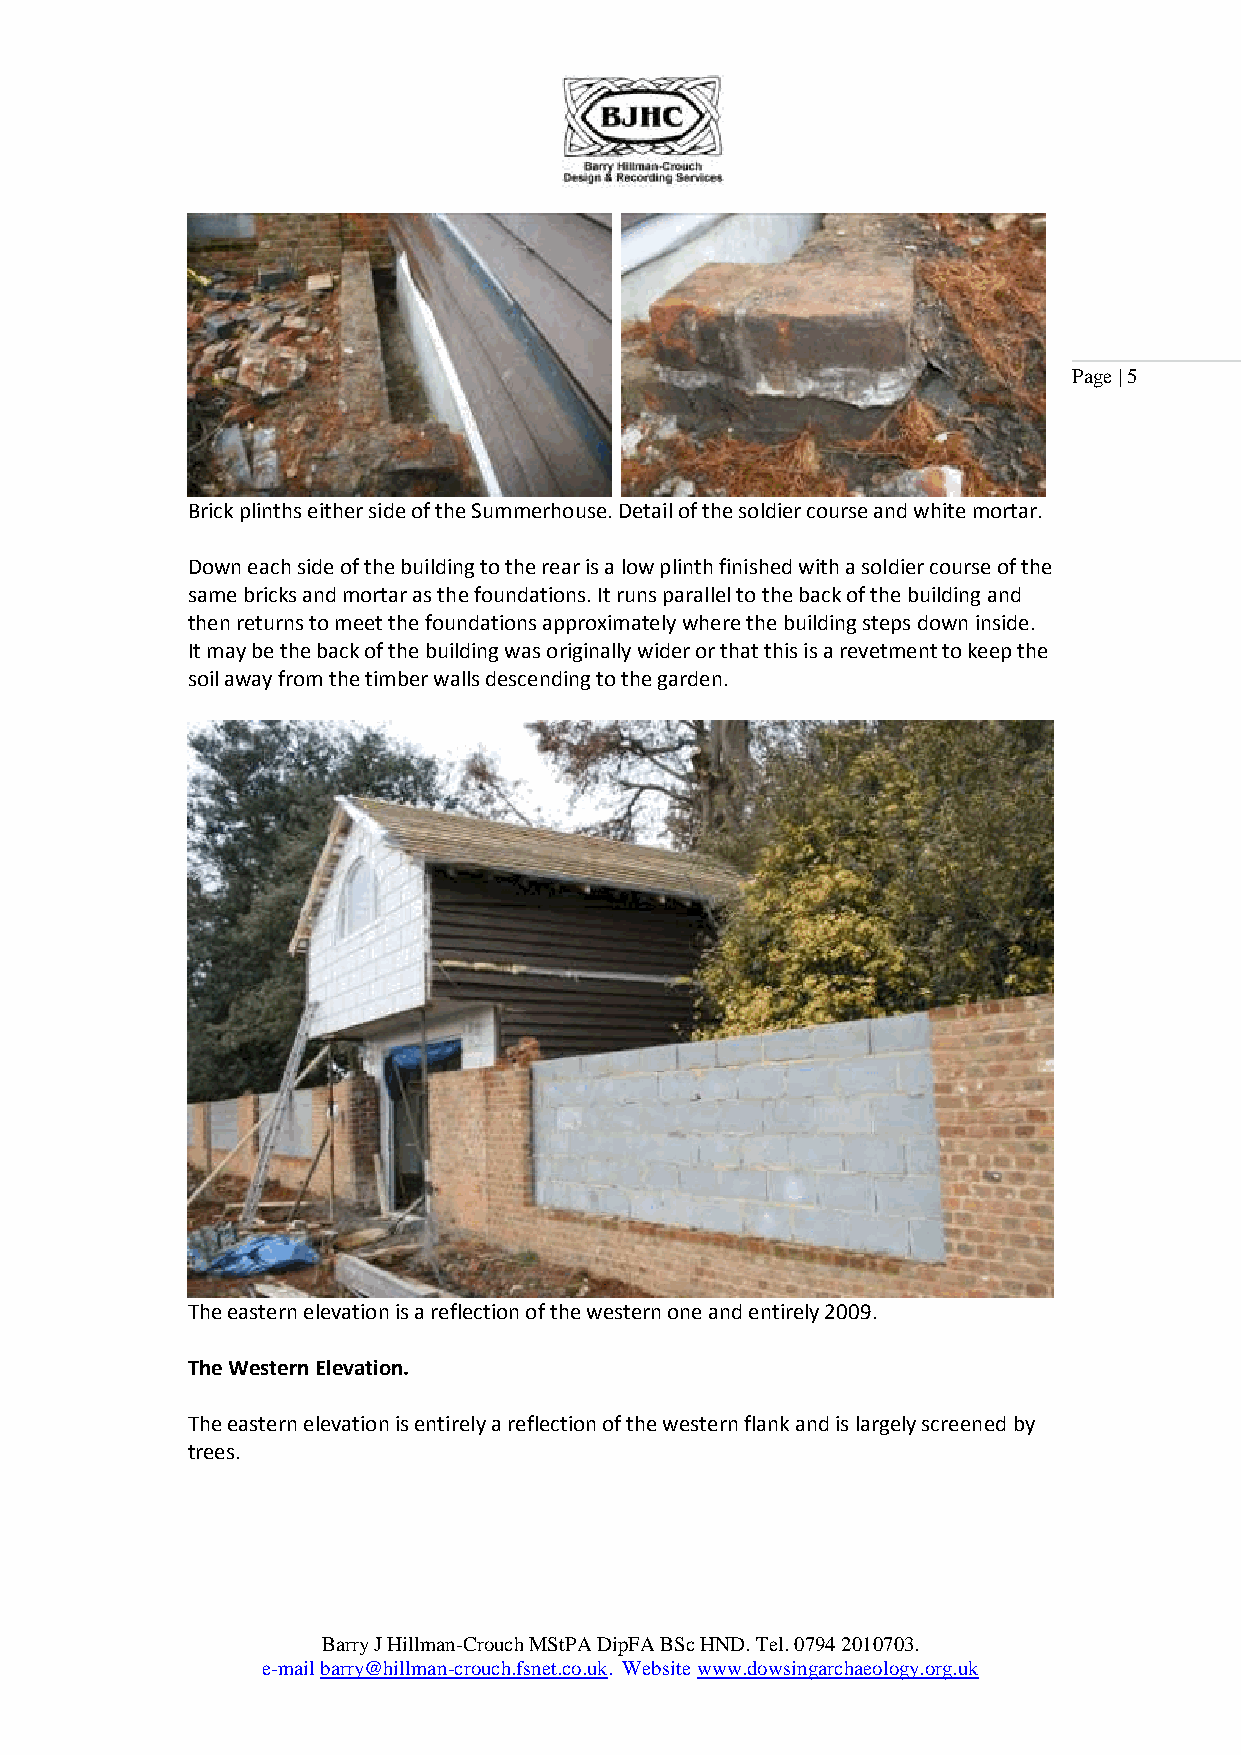
Page | 5
 Brick plinths either side of the Summerhouse. Detail of the soldier course and white mortar.
 Down each side of the building to the rear is a low plinth finished with a soldier course of the
 same bricks and mortar as the foundations. It runs parallel to the back of the building and
 then returns to meet the foundations approximately where the building steps down inside.
 It may be the back of the building was originally wider or that this is a revetment to keep the
 soil away from the timber walls descending to the garden.
 The eastern elevation is a reflection of the western one and entirely 2009.
 The Western Elevation.
 The eastern elevation is entirely a reflection of the western flank and is largely screened by
 trees.
 Barry J Hillman-Crouch MStPA DipFA BSc HND. Tel. 0794 2010703.
 e-mail barry@hillman-crouch.fsnet.co.uk. Website www.dowsingarchaeology.org.uk